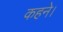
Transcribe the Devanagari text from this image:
कहने।